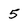
Character: 5